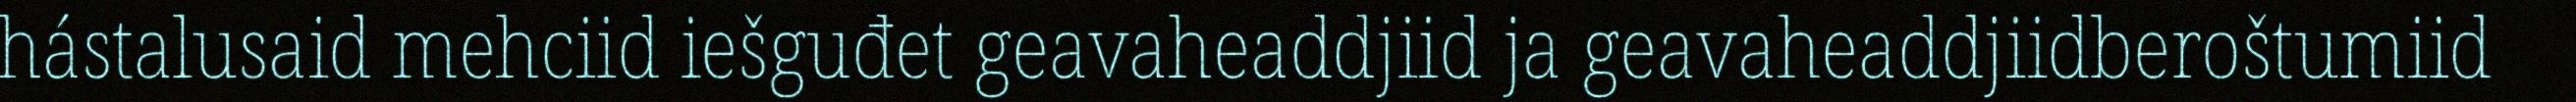
hástalusaid mehciid iešguđet geavaheaddjiid ja geavaheaddjiidberoštumiid